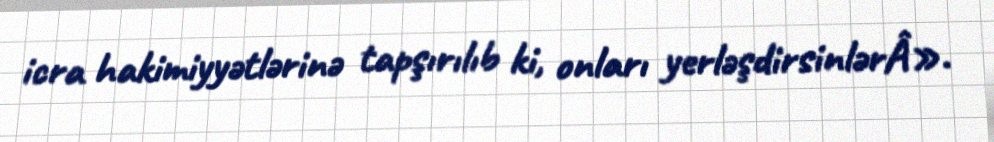
icra hakimiyyətlərinə tapşırılıb ki, onları yerləşdirsinlərÂ».